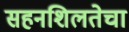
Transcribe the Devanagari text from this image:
सहनशिलतेचा